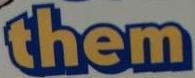
them